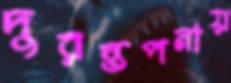
দুরন্তপনায়